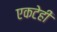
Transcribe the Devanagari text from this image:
एकटेही